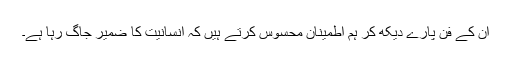
ان کے فن پارے دیکھ کر ہم اطمینان محسوس کرتے ہیں کہ انسانیت کا ضمیر جاگ رہا ہے۔